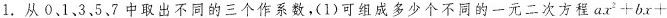
1. 从0、1、35、7中取出不同的三个作系数，(1)可组成多少个不同的一元二次方程$$a x ^ { 2 } + b x +